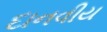
દાનવીય